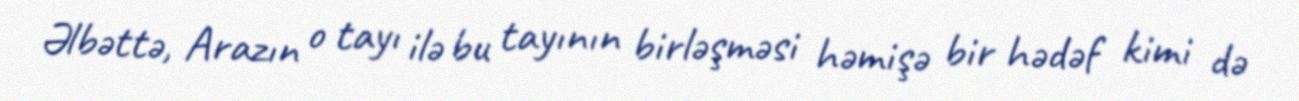
Əlbəttə, Arazın o tayı ilə bu tayının birləşməsi həmişə bir hədəf kimi də